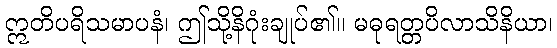
ဣတိပရိသမာပနံ၊ ဤသို့နိဂုံးချုပ်၏။ မဓုရတ္တပိလာသိနိယာ၊